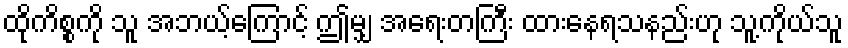
ထိုကိစ္စကို သူ အဘယ့်ကြောင့် ဤမျှ အရေးတကြီး ထားနေရသနည်းဟု သူ့ကိုယ်သူ